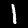
Digit: 1